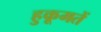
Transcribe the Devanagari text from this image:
हुकूमतें